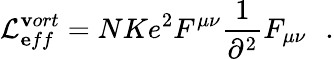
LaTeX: {\cal L}_{\mathbf eff}^{\mathbf vort}=NKe^{2}F^{\mu\nu}\frac{1}{\partial^{2}}F_{\mu\nu}\, \, \, \, .